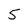
Character: 5